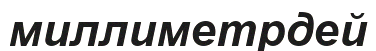
миллиметрдей